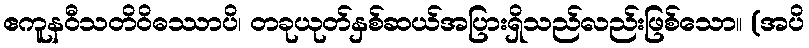
ဧကူနဝီသတိဝိဓဿာပိ၊ တခုယုတ်နှစ်ဆယ်အပြားရှိသည်လည်းဖြစ်သော။ (အပိ